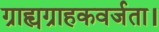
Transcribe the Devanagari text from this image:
ग्राह्यग्राहकवर्जता।